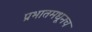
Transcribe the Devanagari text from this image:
प्रभातमधूनच